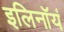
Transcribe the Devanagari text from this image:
इलिनॉयं